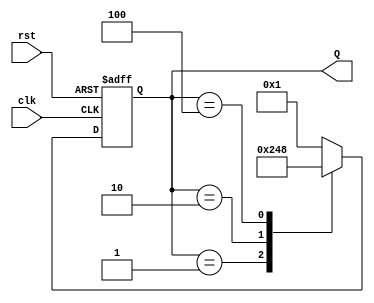
module ring_counter (
    input wire clk,       // Clock signal
    input wire rst,       // Asynchronous reset signal
    output reg [3:0] Q    // 4-bit output representing the current state
);

// Define the state encoding
localparam STATE0 = 4'b0001;  // State 0
localparam STATE1 = 4'b0010;  // State 1
localparam STATE2 = 4'b0100;  // State 2
localparam STATE3 = 4'b1000;  // State 3

// Sequential logic for the ring counter
always @(posedge clk or posedge rst) begin
    if (rst) begin
        Q <= STATE0; // Reset to State 0
    end else begin
        // State transition logic
        case(Q)
            STATE0: Q <= STATE1; // From State 0 to State 1
            STATE1: Q <= STATE2; // From State 1 to State 2
            STATE2: Q <= STATE3; // From State 2 to State 3
            STATE3: Q <= STATE0; // From State 3 to State 0
            default: Q <= STATE0; // Default case (should not happen)
        endcase
    end
end

endmodule